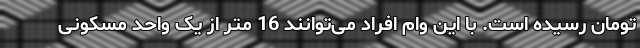
تومان رسیده است. با این وام افراد می‌توانند 16 متر از یک واحد مسکونی